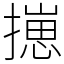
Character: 㩄